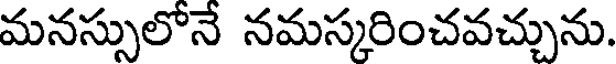
మనస్సులోనే నమస్కరించవచ్చును.